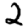
Digit: 2